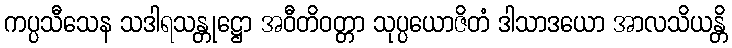
ကပ္ပသီသေန သဒါရသန္တုဋ္ဌော အဝီတိဝတ္တာ သုပ္ပယောဇိတံ ဒါသာဒယော အာလသိယန္တိ